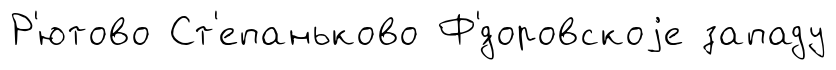
Р'ютово Ст'епаньково Ф'́доровскоjе западу